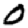
Digit: 0